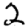
Digit: 2